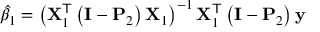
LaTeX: { \hat { \beta } } _ { 1 } = \left( \mathbf { X } _ { 1 } ^ { \mathsf { T } } \left( \mathbf { I } - \mathbf { P } _ { 2 } \right) \mathbf { X } _ { 1 } \right) ^ { - 1 } \mathbf { X } _ { 1 } ^ { \mathsf { T } } \left( \mathbf { I } - \mathbf { P } _ { 2 } \right) \mathbf { y }